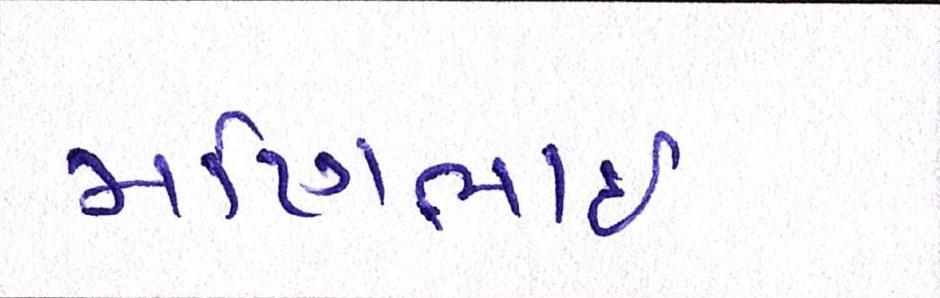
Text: મણિભાઇ